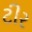
ટીર